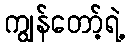
ကျွန်တော့်ရဲ့